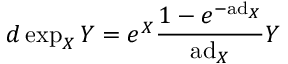
d \exp _ { X } Y = e ^ { X } { \frac { 1 - e ^ { - \mathrm { a d } _ { X } } } { \mathrm { a d } _ { X } } } Y